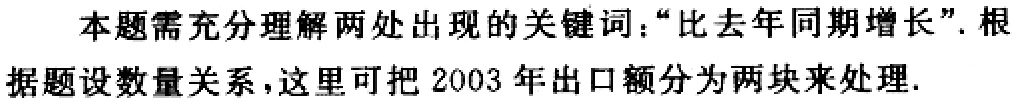
本题需充分理解两处出现的关键词：“比去年同期增长”. 根据题设数量关系，这里可把 2003 年出口额分为两块来处理.